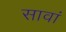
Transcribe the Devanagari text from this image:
सावां